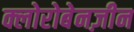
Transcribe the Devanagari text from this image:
क्लोरोबेनज़ीन